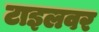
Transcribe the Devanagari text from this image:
टाइलवर